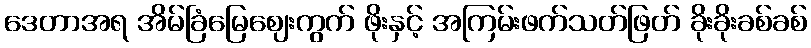
ဒေတာအရ အိမ်ခြံမြေဈေးကွက် ဖိုးနှင့် အကြမ်းဖက်သတ်ဖြတ် ခိုးခိုးခစ်ခစ်